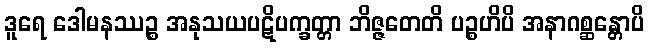
ဒူရေ ဒေါမနဿဉ္စ အနုသယပဋိပက္ခတ္တာ ဘိဇ္ဇတေတိ ပဉ္စဟိပိ အနာဂစ္ဆန္တောပိ